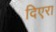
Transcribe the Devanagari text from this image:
दिएरा